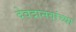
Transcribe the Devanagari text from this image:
देवदानवांच्या